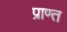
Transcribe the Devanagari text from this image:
प्राण्त